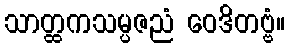
သာတ္ထကသမ္ပဇညံ ဝေဒိတဗ္ဗံ။